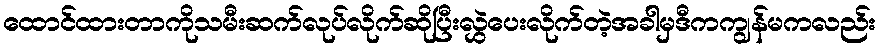
ထောင်ထားတာကိုသမီးဆက်လုပ်လိုက်ဆိုပြီးလွှဲပေးလိုက်တဲ့အခါမှဒီကကျွန်မကလည်း